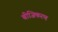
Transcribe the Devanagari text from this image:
बीजिकरण